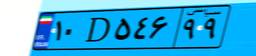
۱۰D۵۴۶۹۹